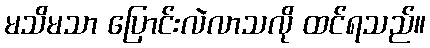
မသိမသာ ပြောင်းလဲလာသလို ထင်ရသည်။